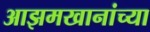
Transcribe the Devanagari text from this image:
आझमखानांच्या